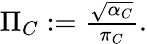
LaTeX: \begin{array}{r}{\Pi_{C}:=\frac{\sqrt{\alpha_{C}}}{\pi_{C}}.}\end{array}